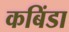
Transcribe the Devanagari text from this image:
कबिंडा